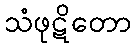
သံဖုဋိတော